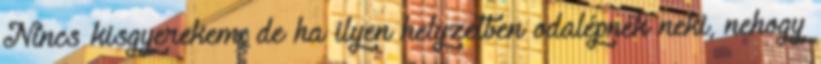
Nincs kisgyerekem, de ha ilyen helyzetben odalépnék neki, nehogy